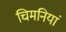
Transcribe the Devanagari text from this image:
चिमनियां